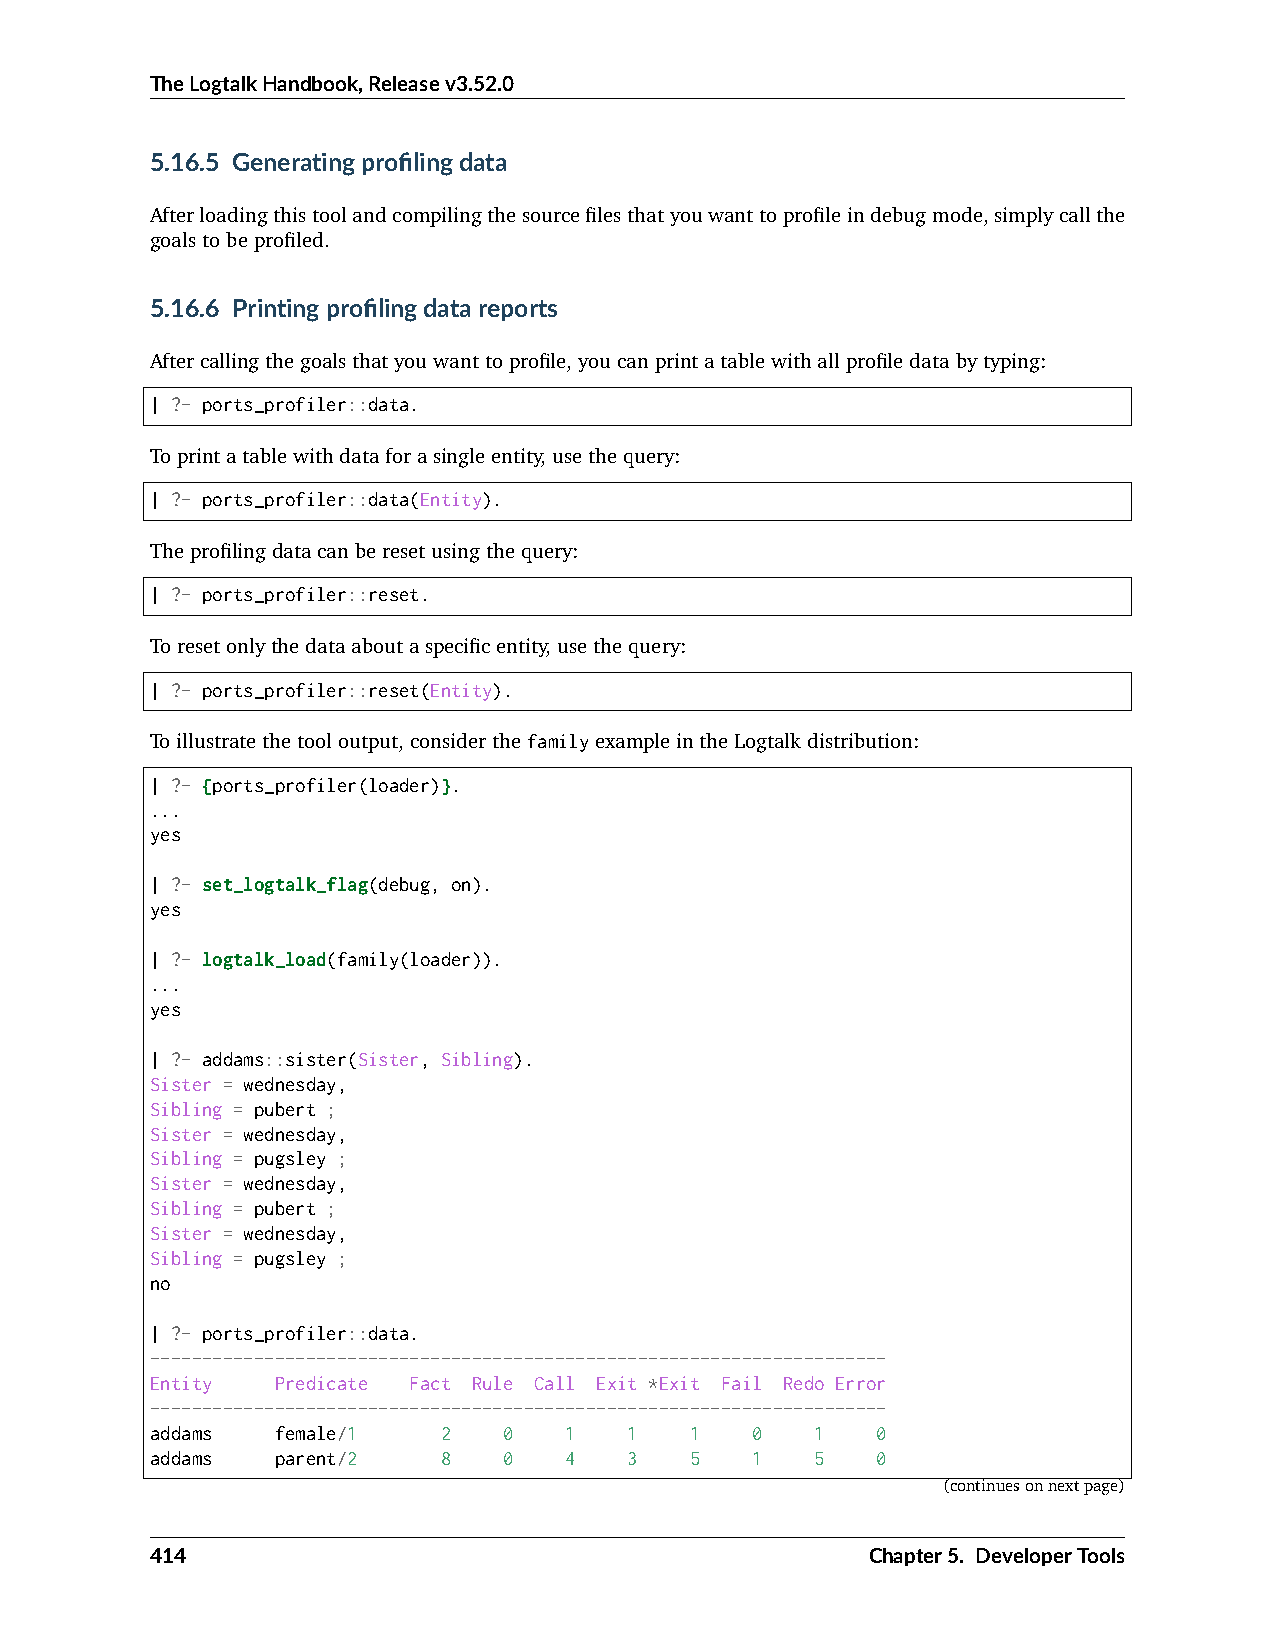
TheLogtalkHandbook,Releasev3.52.0
 5.16.5 Generatingprofilingdata
 Afterloadingthistoolandcompilingthesourcefilesthatyouwanttoprofileindebugmode,simplycallthe
 goalstobeprofiled.
 5.16.6 Printingprofilingdatareports
 Aftercallingthegoalsthatyouwanttoprofile,youcanprintatablewithallprofiledatabytyping:
 | ?- ports_profiler::data.
 Toprintatablewithdataforasingleentity,usethequery:
 | ?- ports_profiler::data(Entity).
 Theprofilingdatacanberesetusingthequery:
 | ?- ports_profiler::reset.
 Toresetonlythedataaboutaspecificentity,usethequery:
 | ?- ports_profiler::reset(Entity).
 Toillustratethetooloutput,considerthefamilyexampleintheLogtalkdistribution:
 | ?- {ports_profiler(loader)}.
 ...
 yes
 | ?- set_logtalk_flag(debug, on).
 yes
 | ?- logtalk_load(family(loader)).
 ...
 yes
 | ?- addams::sister(Sister, Sibling).
 Sister = wednesday,
 Sibling = pubert ;
 Sister = wednesday,
 Sibling = pugsley ;
 Sister = wednesday,
 Sibling = pubert ;
 Sister = wednesday,
 Sibling = pugsley ;
 no
 | ?- ports_profiler::data.
 -----------------------------------------------------------------------
 Entity  Predicate Fact Rule Call Exit *Exit Fail Redo Error
 -----------------------------------------------------------------------
 addams  female/1   2   0   1    1   1   0   1   0
 addams  parent/2   8   0   4    3   5   1   5   0
 (continuesonnextpage)
 414                                             Chapter5. DeveloperTools